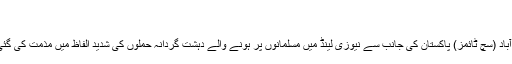
...
اسلام آباد (سچ ٹائمز) پاکستان کی جانب سے نیوزی لینڈ میں مسلمانوں پر ہونے والے دہشت گردانہ حملوں کی شدید الفاظ میں مذمت کی گئی ہے۔